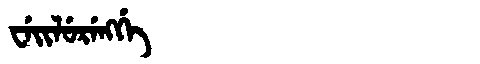
Manchu: ᠸᡝᡳᠯᡠᡵᡝᠩᡤᡝ
Romanization: WEILURENGGE